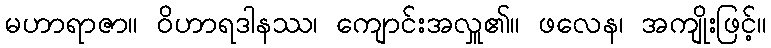
မဟာရာဇာ။ ဝိဟာရဒါနဿ၊ ကျောင်းအလှူ၏။ ဖလေန၊ အကျိုးဖြင့်။